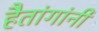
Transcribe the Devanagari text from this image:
हैतांगांनी